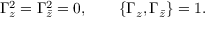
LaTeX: { \Gamma _ { z } ^ { 2 } = \Gamma _ { \bar { z } } ^ { 2 } = 0 , \qquad \{ \Gamma _ { z } , \Gamma _ { \bar { z } } \} = 1 . }